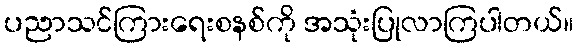
ပညာသင်ကြားရေးစနစ်ကို အသုံးပြုလာကြပါတယ်။